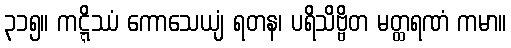
၃၁၅။ ကဋ္ဋိဿံ ကောသေယျံ ရတန၊ ပရိသိဗ္ဗိတ မတ္ထရဏံ ကမာ။